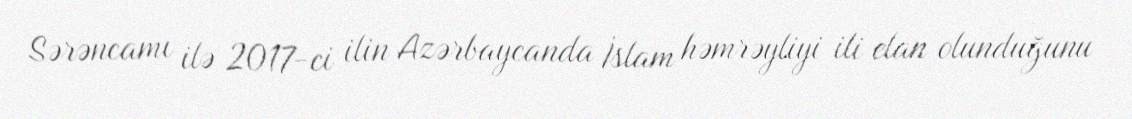
Sərəncamı ilə 2017-ci ilin Azərbaycanda İslam həmrəyliyi ili elan olunduğunu